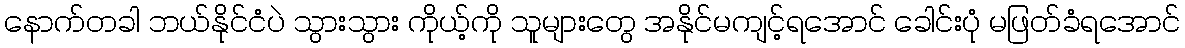
နောက်တခါ ဘယ်နိုင်ငံပဲ သွားသွား ကိုယ့်ကို သူများတွေ အနိုင်မကျင့်ရအောင် ခေါင်းပုံ မဖြတ်ခံရအောင်